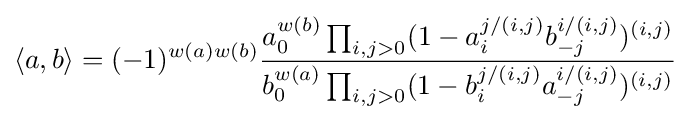
\langle a,b\rangle =(-1)^{w(a)w(b)}{\frac {a_{0}^{w(b)}\prod _{i,j>0}(1-a_{i}^{j/(i,j)}b_{-j}^{i/(i,j)})^{(i,j)}}{b_{0}^{w(a)}\prod _{i,j>0}(1-b_{i}^{j/(i,j)}a_{-j}^{i/(i,j)})^{(i,j)}}}